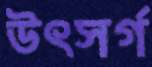
উৎসর্গ